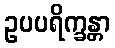
ဥပပရိက္ခန္တာ